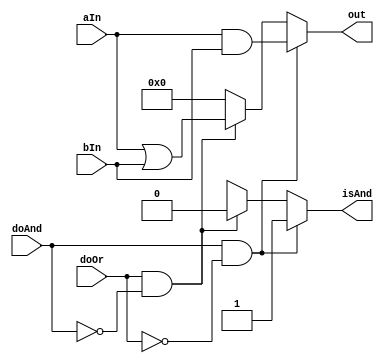
module sensitivity1_and_or (
  input [4-1:0]  aIn,
  input [4-1:0]  bIn,
  input          doAnd,
  input          doOr,
  output         isAnd,
  output [4-1:0] out
);

  reg            isAnd_r;
  reg [4-1:0]    out_r;

  always @( aIn or bIn ) begin
    if (doAnd && !doOr) begin
      out_r = aIn & bIn;
      isAnd_r = 1'b1;
    end else if (doOr && !doAnd) begin
      out_r = aIn | bIn;
      isAnd_r = 1'b0;
    end else begin
      out_r = 4'b0000;
      isAnd_r = 1'bx;
    end
  end

  assign isAnd = isAnd_r;
  assign out = out_r;

endmodule